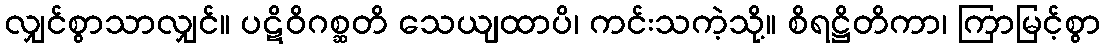
လျှင်စွာသာလျှင်။ ပဋိဝိဂစ္ဆတိ သေယျထာပိ၊ ကင်းသကဲ့သို့။ စိရဋ္ဌိတိကာ၊ ကြာမြင့်စွာ